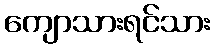
ကျောသားရင်သား